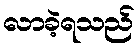
လာခဲ့ရသည်